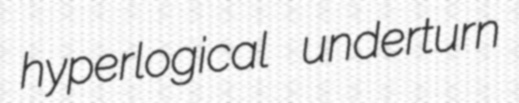
hyperlogical underturn